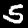
Label: 5